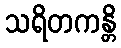
သရိတကန္တိ